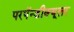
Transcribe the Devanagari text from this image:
परपॅन्डीक्यूलर